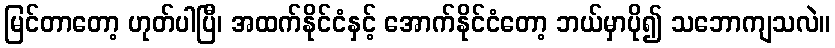
မြင်တာတော့ ဟုတ်ပါပြီ၊ အထက်နိုင်ငံနှင့် အောက်နိုင်ငံတော့ ဘယ်မှာပို၍ သဘောကျသလဲ။